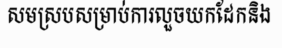
សមស្របសម្រាប់ការលួចយកដែកនិង